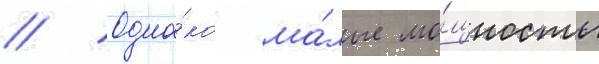
// Одна́ко ма́лые мо́щность